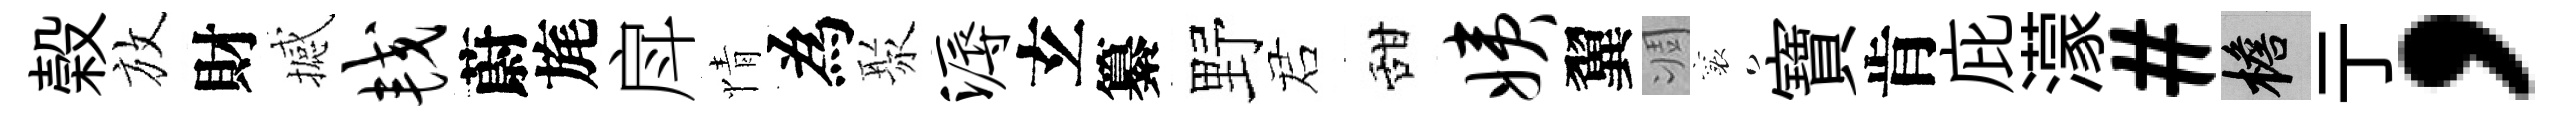
榖放財撼较蔚旄戽情為聚溽𤣥纂野诺甜姨翼凋襄寶肯庇濛#檐亍，